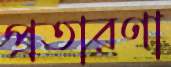
প্রতারণা